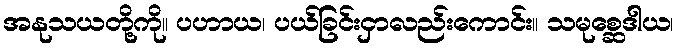
အနုသယတို့ကို။ ပဟာယ၊ ပယ်ခြင်းငှာလည်းကောင်း။ သမုစ္ဆေဒါယ၊